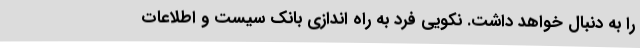
را به دنبال خواهد داشت. نکویی فرد به راه اندازی بانک سیست و اطلاعات